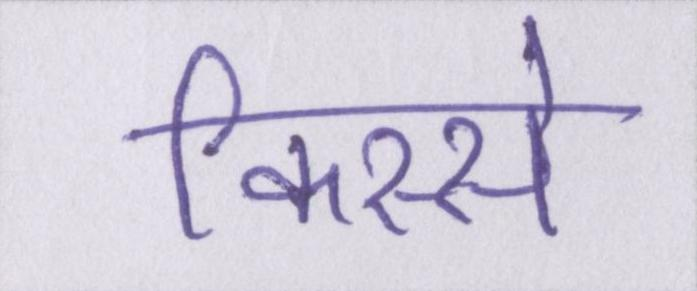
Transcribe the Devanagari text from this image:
किस्से